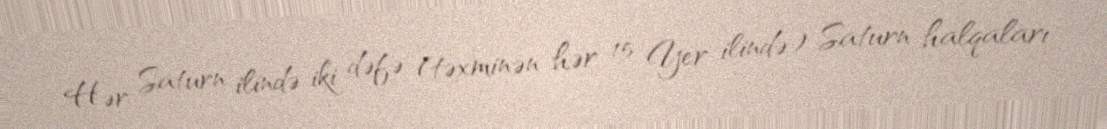
Hər Saturn ilində iki dəfə (təxminən hər 15 Yer ilində) Saturn halqaları